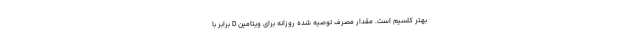
بهتر کلسیم است. مقدار مصرف توصیه شده روزانه برای ویتامین D برابر با